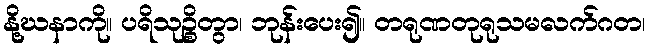
နို့ဃနာကို။ ပရိသုဉ္စိတွာ၊ ဘုန်းပေး၍။ တရုဏတုရုသမလက်ဂတ၊